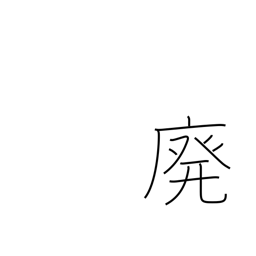
Meaning: abolish